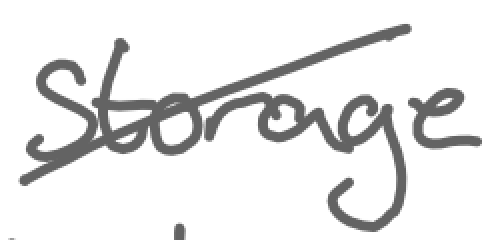
Text: storage
Cross-out: diagonal
Writing tool: digital_gray